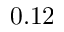
0 . 1 2